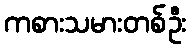
ကစားသမားတစ်ဦး